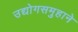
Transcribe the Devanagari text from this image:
उद्योगसमुहाने